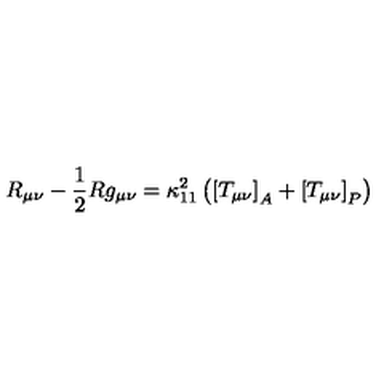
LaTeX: R _ { \mu \nu } - \frac { 1 } { 2 } R g _ { \mu \nu } = \kappa _ { 1 1 } ^ { 2 } \left( \left[ T _ { \mu \nu } \right] _ { A } + \left[ T _ { \mu \nu } \right] _ { P } \right)